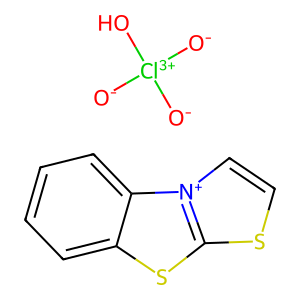
SMILES: [O-][Cl+3]([O-])([O-])O.c1ccc2c(c1)sc1scc[n+]12
Inhibits HIV replication: No